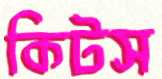
কিটস